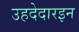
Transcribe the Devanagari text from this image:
उहदेदारइन